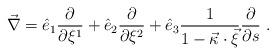
LaTeX: \begin{align*}\vec\nabla= \hat{e}_1 \frac{\partial}{\partial \xi^1} + \hat{e}_2 \frac{\partial}{\partial \xi^2} + \hat{e}_3 \frac{1}{1-\vec{\kappa} \cdot \vec{\xi}} \frac{\partial}{\partial s}\ . \end{align*}